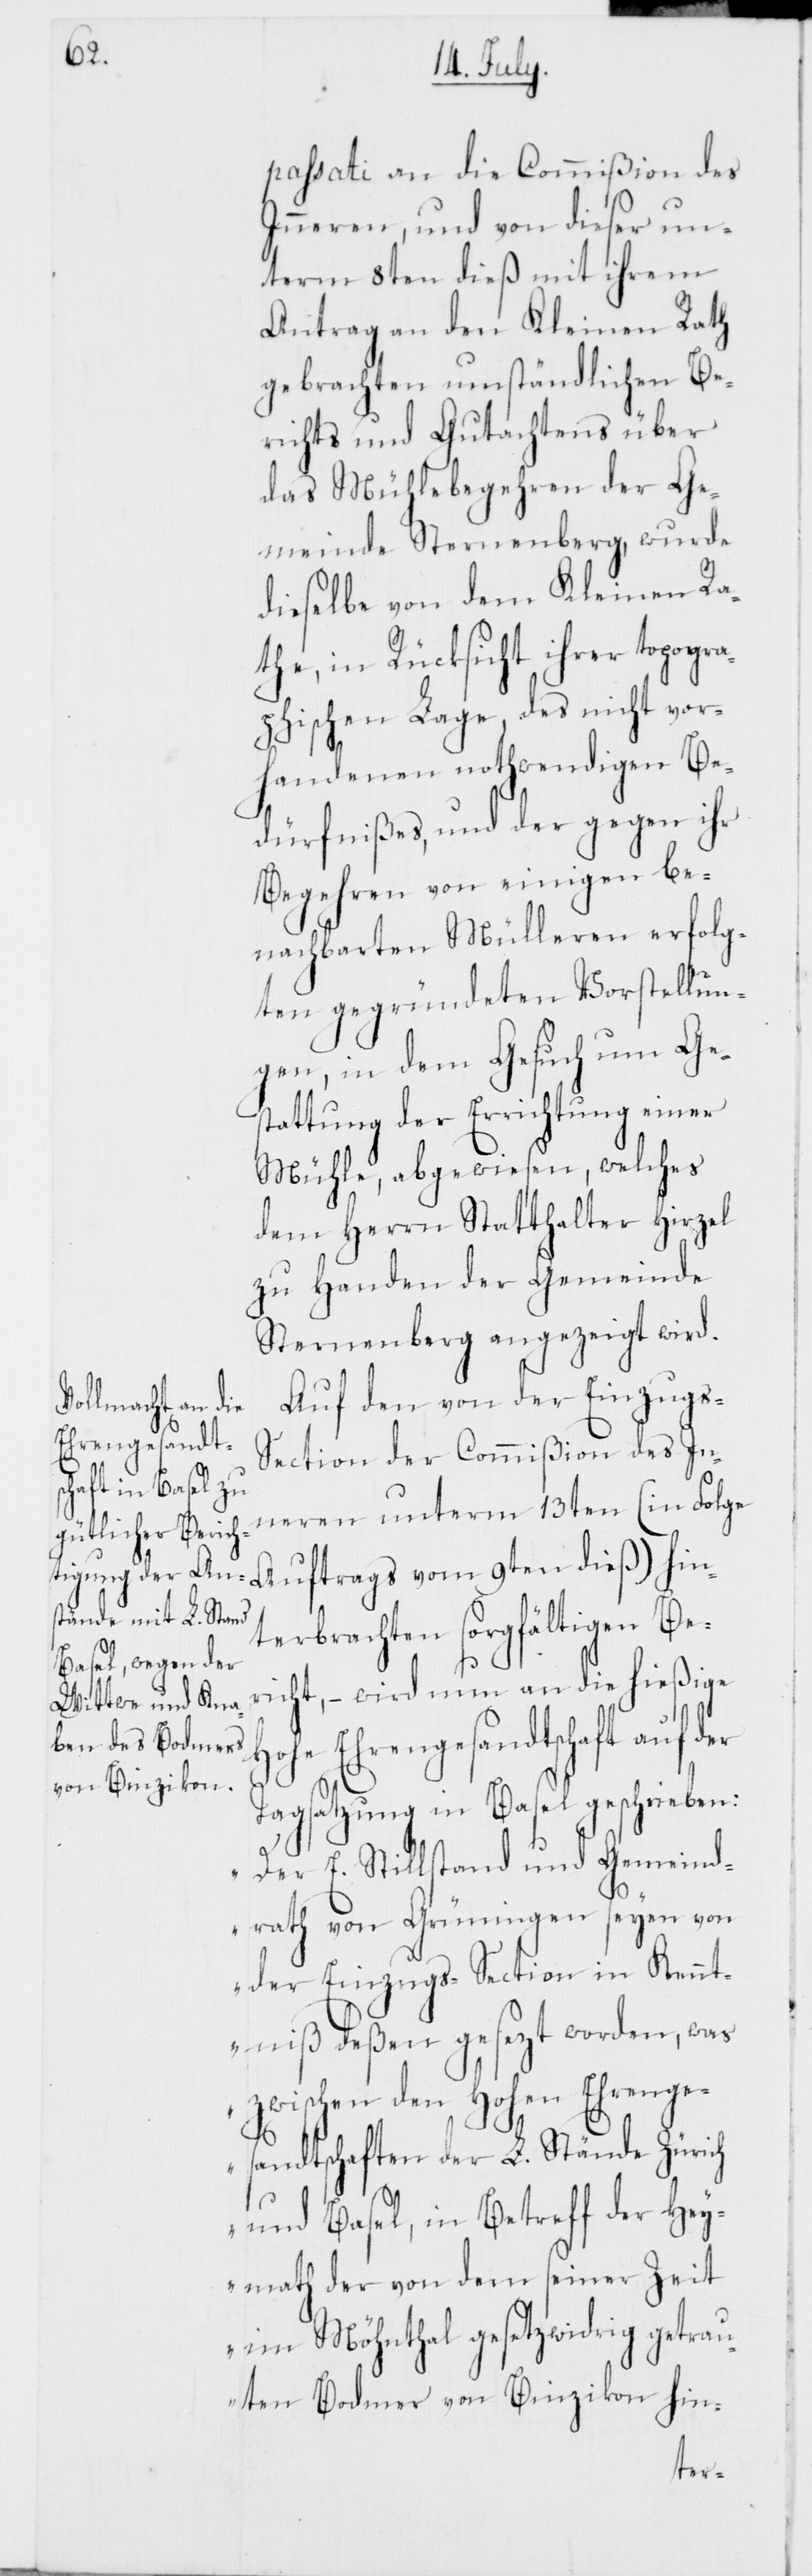
passati an die Commißion des
Inneren, und von dieser un¬
term 8ten dieß mit ihrem
Antrag an den Kleinen Rath
gebrachten umständlichen Be¬
richts und Gutachtens über
das Mühlebegehren der Ge¬
meinde Sternenberg, wurde
dieselbe von dem Kleinen Ra¬
the, in Rücksicht ihrer topogra¬
phischen Lage, des nicht vor¬
handenen nothwendigen Be¬
dürfnißes, und der gegen ihr
Begehren von einigen be¬
nachbarten Mülleren erfolg¬
ten gegründeten Vorstellun¬
gen, in dem Gesuch um Ge¬
stattung der Errichtung einer
Mühle, abgewiesen, welches
dem Herrn Statthalter Hirzel
zu Handen der Gemeinde
Sternenberg angezeigt wird.
Auf den von der Einzugs-S¬
ection der Commißion des In¬
neren unterm 13ten (in Folge
terbrachten sorgfältigen Ber¬
icht, – wird nun an die hießige
Ehrengesandtschaft
Tagsatzung in Basel geschrieben:
„Der E. Stillstand und Gemeind¬
rath von Grüningen seyen von
der Einzugs-Section in Kennt¬
niß deßen gesezt worden, was
zwischen den Hohen Ehrenge¬
sandtschaften der L. Stände Zürich
und Basel, in Betreff der Hey¬
math der von dem seiner Zeit
im Möhnthal gesetzwidrig getrau¬
ten Bodmer von Binzikon hin-